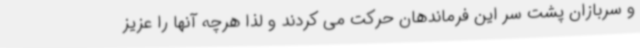
و سربازان پشت سر این فرماندهان حرکت می کردند و لذا هرچه آنها را عزیز